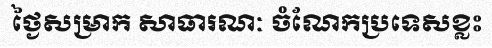
ថ្ងៃសម្រាក សាធារណៈ ចំណែកប្រទេសខ្លះ